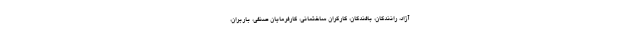
آزاد، رانندگان، بافندگان، کارگران ساختمانی، کارفرمایان صنفی، باربران،